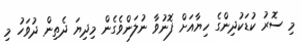
މި ސޮރު ކުޑަކުދިންގެ ހިޔާއަށް ފޮނުވާ ނުލަންވެގެން މިދިޔަ ދެތިން ދުވަހު މި